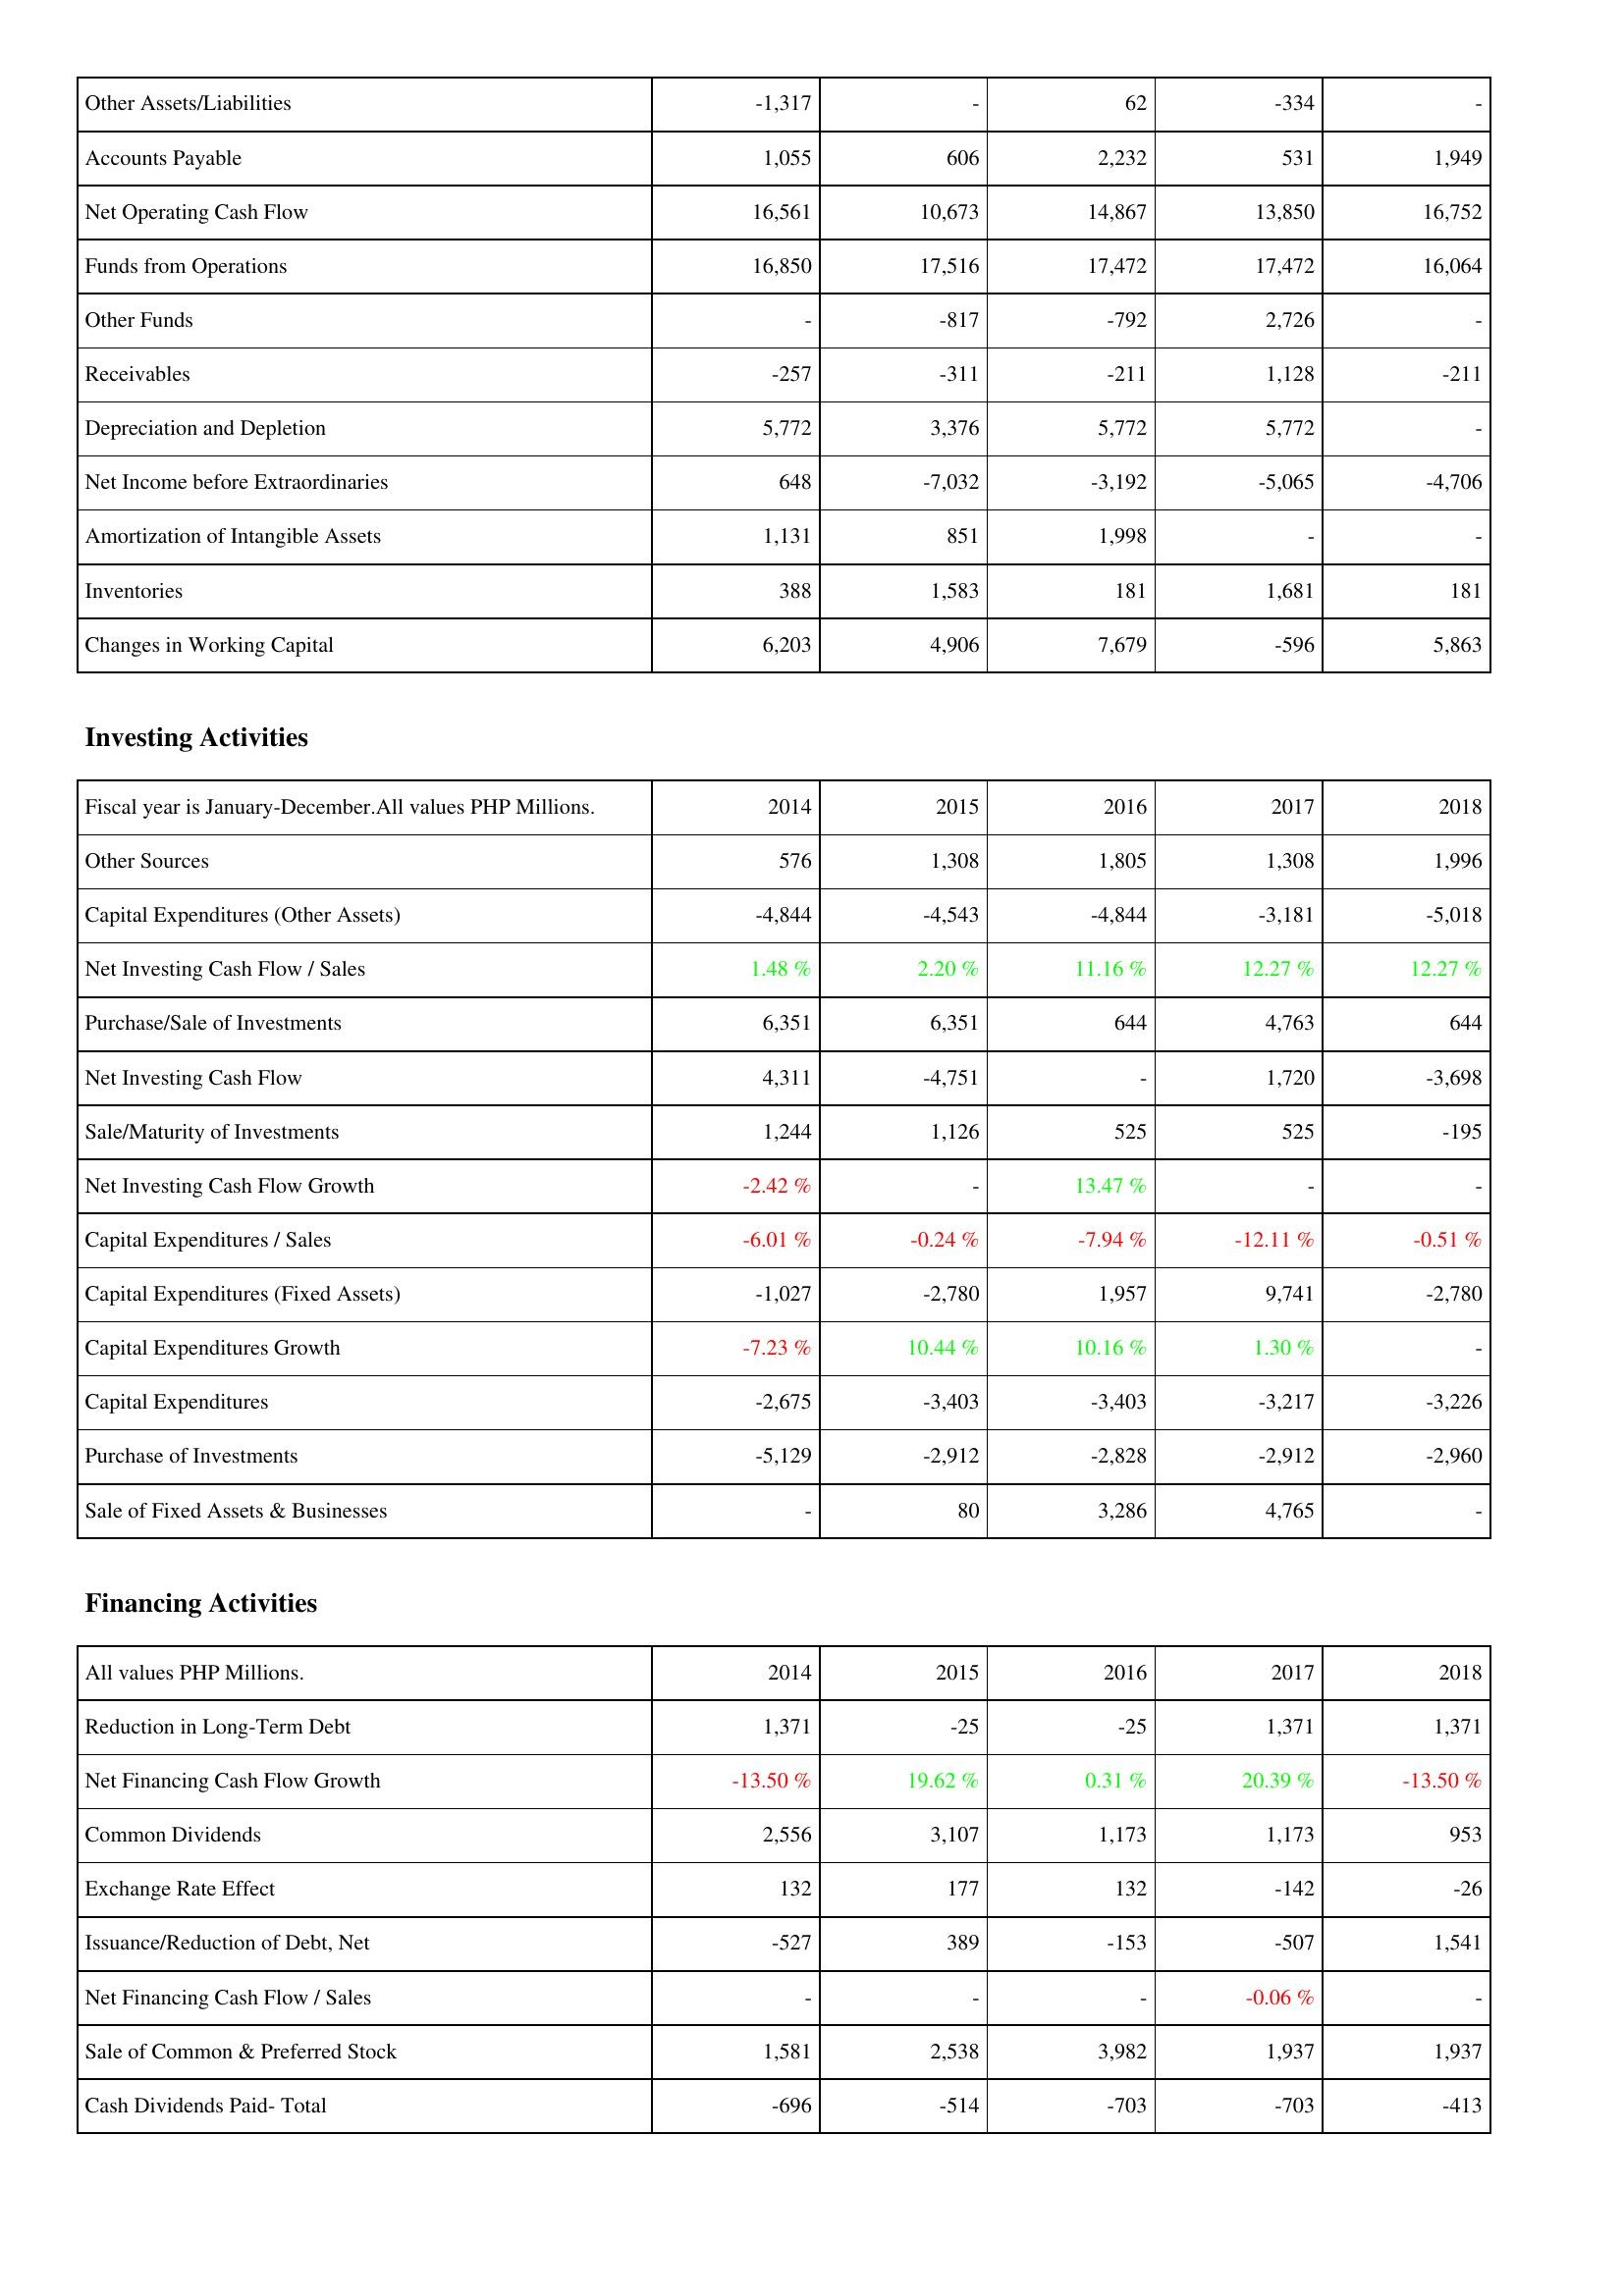
2014: Operating Activities: Other Assets/Liabilities: -1,317
Accounts Payable: 1,055
Net Operating Cash Flow: 16,561
Funds from Operations: 16,850
Other Funds: -
Receivables: -257
Depreciation and Depletion: 5,772
Net Income before Extraordinaries: 648
Amortization of Intangible Assets: 1,131
Inventories: 388
Changes in Working Capital: 6,203
Investing Activities: Other Sources: 576
Capital Expenditures (Other Assets): -4,844
Net Investing Cash Flow / Sales: 1.48 %
Purchase/Sale of Investments: 6,351
Net Investing Cash Flow: 4,311
Sale/Maturity of Investments: 1,244
Net Investing Cash Flow Growth: -2.42 %
Capital Expenditures / Sales: -6.01 %
Capital Expenditures (Fixed Assets): -1,027
Capital Expenditures Growth: -7.23 %
Capital Expenditures: -2,675
Purchase of Investments: -5,129
Sale of Fixed Assets & Businesses: -
Financing Activities: Reduction in Long-Term Debt: 1,371
Net Financing Cash Flow Growth: -13.50 %
Common Dividends: 2,556
Exchange Rate Effect: 132
Issuance/Reduction of Debt, Net: -527
Net Financing Cash Flow / Sales: -
Sale of Common & Preferred Stock: 1,581
Cash Dividends Paid- Total: -696
2015: Operating Activities: Other Assets/Liabilities: -
Accounts Payable: 606
Net Operating Cash Flow: 10,673
Funds from Operations: 17,516
Other Funds: -817
Receivables: -311
Depreciation and Depletion: 3,376
Net Income before Extraordinaries: -7,032
Amortization of Intangible Assets: 851
Inventories: 1,583
Changes in Working Capital: 4,906
Investing Activities: Other Sources: 1,308
Capital Expenditures (Other Assets): -4,543
Net Investing Cash Flow / Sales: 2.20 %
Purchase/Sale of Investments: 6,351
Net Investing Cash Flow: -4,751
Sale/Maturity of Investments: 1,126
Net Investing Cash Flow Growth: -
Capital Expenditures / Sales: -0.24 %
Capital Expenditures (Fixed Assets): -2,780
Capital Expenditures Growth: 10.44 %
Capital Expenditures: -3,403
Purchase of Investments: -2,912
Sale of Fixed Assets & Businesses: 80
Financing Activities: Reduction in Long-Term Debt: -25
Net Financing Cash Flow Growth: 19.62 %
Common Dividends: 3,107
Exchange Rate Effect: 177
Issuance/Reduction of Debt, Net: 389
Net Financing Cash Flow / Sales: -
Sale of Common & Preferred Stock: 2,538
Cash Dividends Paid- Total: -514
2016: Operating Activities: Other Assets/Liabilities: 62
Accounts Payable: 2,232
Net Operating Cash Flow: 14,867
Funds from Operations: 17,472
Other Funds: -792
Receivables: -211
Depreciation and Depletion: 5,772
Net Income before Extraordinaries: -3,192
Amortization of Intangible Assets: 1,998
Inventories: 181
Changes in Working Capital: 7,679
Investing Activities: Other Sources: 1,805
Capital Expenditures (Other Assets): -4,844
Net Investing Cash Flow / Sales: 11.16 %
Purchase/Sale of Investments: 644
Net Investing Cash Flow: -
Sale/Maturity of Investments: 525
Net Investing Cash Flow Growth: 13.47 %
Capital Expenditures / Sales: -7.94 %
Capital Expenditures (Fixed Assets): 1,957
Capital Expenditures Growth: 10.16 %
Capital Expenditures: -3,403
Purchase of Investments: -2,828
Sale of Fixed Assets & Businesses: 3,286
Financing Activities: Reduction in Long-Term Debt: -25
Net Financing Cash Flow Growth: 0.31 %
Common Dividends: 1,173
Exchange Rate Effect: 132
Issuance/Reduction of Debt, Net: -153
Net Financing Cash Flow / Sales: -
Sale of Common & Preferred Stock: 3,982
Cash Dividends Paid- Total: -703
2017: Operating Activities: Other Assets/Liabilities: -334
Accounts Payable: 531
Net Operating Cash Flow: 13,850
Funds from Operations: 17,472
Other Funds: 2,726
Receivables: 1,128
Depreciation and Depletion: 5,772
Net Income before Extraordinaries: -5,065
Amortization of Intangible Assets: -
Inventories: 1,681
Changes in Working Capital: -596
Investing Activities: Other Sources: 1,308
Capital Expenditures (Other Assets): -3,181
Net Investing Cash Flow / Sales: 12.27 %
Purchase/Sale of Investments: 4,763
Net Investing Cash Flow: 1,720
Sale/Maturity of Investments: 525
Net Investing Cash Flow Growth: -
Capital Expenditures / Sales: -12.11 %
Capital Expenditures (Fixed Assets): 9,741
Capital Expenditures Growth: 1.30 %
Capital Expenditures: -3,217
Purchase of Investments: -2,912
Sale of Fixed Assets & Businesses: 4,765
Financing Activities: Reduction in Long-Term Debt: 1,371
Net Financing Cash Flow Growth: 20.39 %
Common Dividends: 1,173
Exchange Rate Effect: -142
Issuance/Reduction of Debt, Net: -507
Net Financing Cash Flow / Sales: -0.06 %
Sale of Common & Preferred Stock: 1,937
Cash Dividends Paid- Total: -703
2018: Operating Activities: Other Assets/Liabilities: -
Accounts Payable: 1,949
Net Operating Cash Flow: 16,752
Funds from Operations: 16,064
Other Funds: -
Receivables: -211
Depreciation and Depletion: -
Net Income before Extraordinaries: -4,706
Amortization of Intangible Assets: -
Inventories: 181
Changes in Working Capital: 5,863
Investing Activities: Other Sources: 1,996
Capital Expenditures (Other Assets): -5,018
Net Investing Cash Flow / Sales: 12.27 %
Purchase/Sale of Investments: 644
Net Investing Cash Flow: -3,698
Sale/Maturity of Investments: -195
Net Investing Cash Flow Growth: -
Capital Expenditures / Sales: -0.51 %
Capital Expenditures (Fixed Assets): -2,780
Capital Expenditures Growth: -
Capital Expenditures: -3,226
Purchase of Investments: -2,960
Sale of Fixed Assets & Businesses: -
Financing Activities: Reduction in Long-Term Debt: 1,371
Net Financing Cash Flow Growth: -13.50 %
Common Dividends: 953
Exchange Rate Effect: -26
Issuance/Reduction of Debt, Net: 1,541
Net Financing Cash Flow / Sales: -
Sale of Common & Preferred Stock: 1,937
Cash Dividends Paid- Total: -413